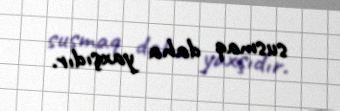
susmaq daha yaxşıdır.